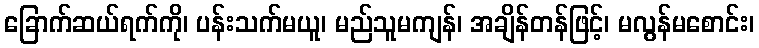
ခြောက်ဆယ်ရက်ကို၊ ပန်းသက်မယူ၊ မည်သူမကျန်၊ အချိန်တန်ဖြင့်၊ မလွန်မစောင်း၊